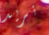
تريد